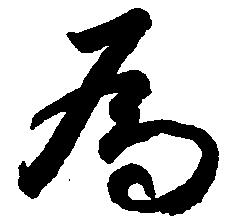
為